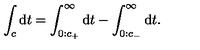
\int _ { c } \mathrm { d } t = \int _ { 0 : c _ { + } } ^ { \infty } \mathrm { d } t - \int _ { 0 : c _ { - } } ^ { \infty } \mathrm { d } t .